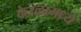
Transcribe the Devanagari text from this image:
केरळामध्ये